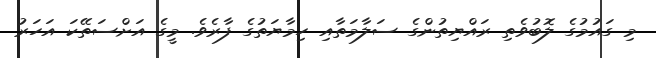
މި ގައުމުގެ ލޮބުވެތި ރައްޔިތުންގެ ސަލާމަތާއި ހިމާޔަތުގެ ފާރެވެ. މީގެ އަށްސަތޭކަ އަހަރު